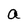
Character: a